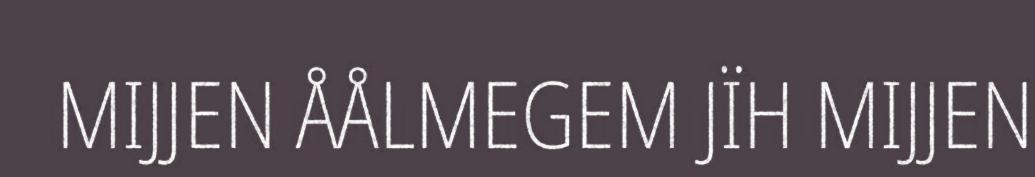
MIJJEN ÅÅLMEGEM JÏH MIJJEN